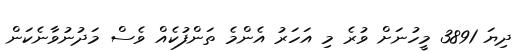
ދިޔަ 3891 މީހުނަށް ވުރެ މި އަހަރު އެންމެ ތަންފުކެއް ވެސް މަދުނުވާނެކަން